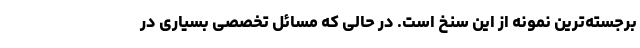
برجسته‌ترین نمونه از این سنخ است. در حالی که مسائل تخصصی بسیاری در